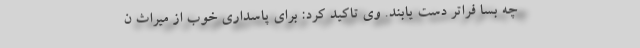
چه بسا فراتر دست یابند. وی تاکید کرد: برای پاسداری خوب از میراث ن